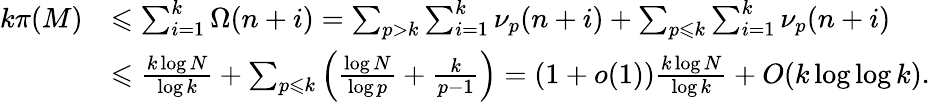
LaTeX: \begin{array}{rl}{k\pi(M)}&{\leqslant\sum_{i=1}^{k}\Omega(n+i)=\sum_{p>k}\sum_{i=1}^{k}\nu_{p}(n+i)+\sum_{p\leqslant k}\sum_{i=1}^{k}\nu_{p}(n+i)}\\ &{\leqslant\frac{k\log N}{\log k}+\sum_{p\leqslant k}\left(\frac{\log N}{\log p}+\frac{k}{p-1}\right)=(1+o(1))\frac{k\log N}{\log k}+O(k\log\log k).}\end{array}